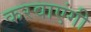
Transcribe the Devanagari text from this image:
करवाएंगी